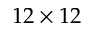
1 2 \times 1 2